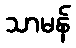
သာမန်